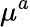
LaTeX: \mu^{a}